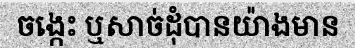
ចង្កេះ ឬសាច់ដុំបានយ៉ាងមាន